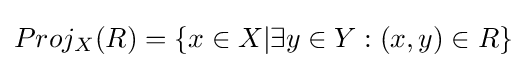
Proj_{X}(R)=\lbrace x\in X|\exists y\in Y:(x,y)\in R\rbrace